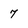
Character: 7